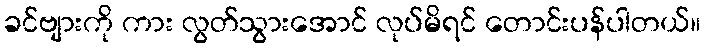
ခင်ဗျားကို ကား လွတ်သွားအောင် လုပ်မိရင် တောင်းပန်ပါတယ်။